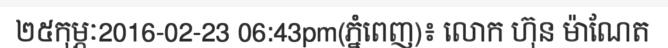
២៥កុម្ភៈ2016-02-23 06:43pm(ភ្នំពេញ)៖ លោក ហ៊ុន ម៉ាណែត